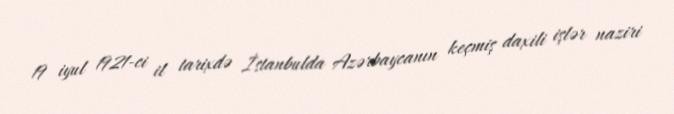
19 iyul 1921-ci il tarixdə İstanbulda Azərbaycanın keçmiş daxili işlər naziri